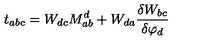
t _ { a b c } = W _ { d c } M _ { a b } ^ { d } + W _ { d a } \frac { \delta W _ { b c } } { \delta \varphi _ { d } }